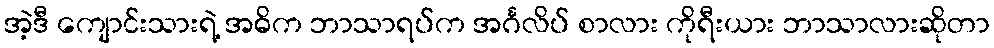
အဲ့ဒီ ကျောင်းသားရဲ့ အဓိက ဘာသာရပ်က အင်္ဂလိပ် စာလား ကိုရီးယား ဘာသာလားဆိုတာ